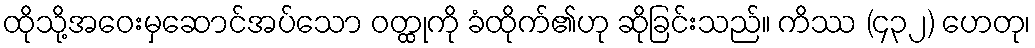
ထိုသို့အဝေးမှဆောင်အပ်သော ဝတ္ထုကို ခံထိုက်၏ဟု ဆိုခြင်းသည်။ ကိဿ (၄၃၂) ဟေတု၊